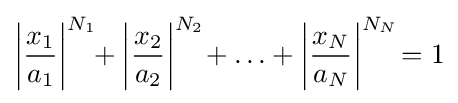
\left|{\frac {x_{1}}{a_{1}}}\right|^{N_{1}}\!\!+\left|{\frac {x_{2}}{a_{2}}}\right|^{N_{2}}\!+\ldots +\left|{\frac {x_{N}}{a_{N}}}\right|^{N_{N}}\!=1